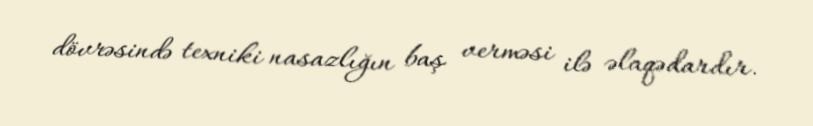
dövrəsində texniki nasazlığın baş verməsi ilə əlaqədardır.